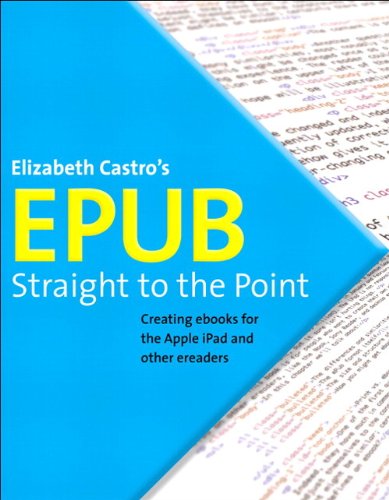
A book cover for EPUB Straight to the Point: Creating ebooks for the Apple iPad and other ereaders (One-Off); Elizabeth Castro; Computers & Technology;